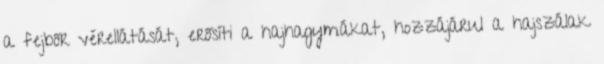
a fejbőr vérellátását, erősíti a hajhagymákat, hozzájárul a hajszálak